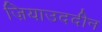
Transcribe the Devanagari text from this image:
ज़ियाउददीन